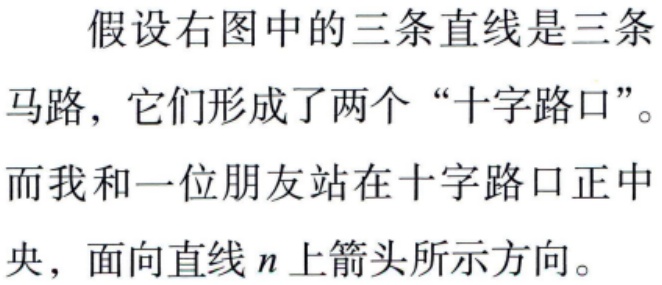
假设右图中的三条直线是三条
马路，它们形成了两个“十字路口”。
而我和一位朋友站在十字路口正中
央，面向直线\(n\)上箭头所示方向。